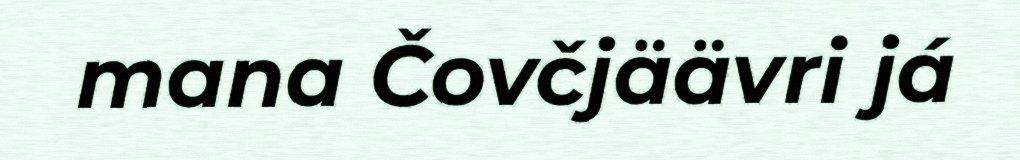
mana Čovčjäävri já